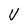
Character: U